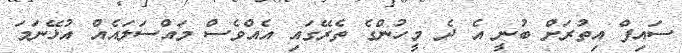
ސައިފް އިތުރަށް ބުނީ އެ ދެ މީހުންގެ ތެރޭގައި އެއްވެސް މައްސަލައެއް އުޅޭނަމަ